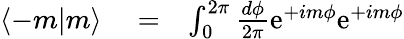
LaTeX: \begin{array}{rlr}{\langle-m|m\rangle}&{{}=}&{\int_{0}^{2\pi}\frac{d\phi}{2\pi}\mathrm{e}^{+im\phi}\mathrm{e}^{+im\phi}}\end{array}